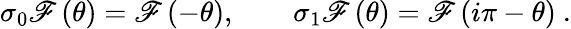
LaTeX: \sigma_{0}\mathscr{F}\left(\theta\right)=\mathscr{F}\left(-\theta\right),\qquad\sigma_{1}\mathscr{F}\left(\theta\right)=\mathscr{F}\left(i\pi-\theta\right)~.